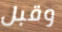
وقبل